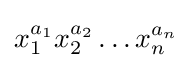
x_{1}^{a_{1}}x_{2}^{a_{2}}\dots x_{n}^{a_{n}}